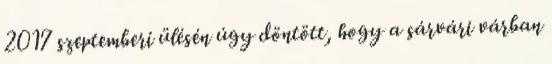
2017 szeptemberi ülésén úgy döntött, hogy a sárvári várban